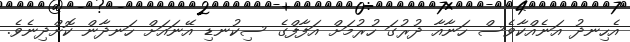
އެހިނދު އަނެއްކާވެސް ހަނާއާ ދުރުގަ ހުރުމަށް އަފާފްގެ ސިކުނޑި އޭނައަށް ހަނދާން ކޮށްދިނެވެ.